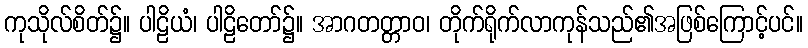
ကုသိုလ်စိတ်၌။ ပါဠိယံ၊ ပါဠိတော်၌။ အာဂတတ္တာဝ၊ တိုက်ရိုက်လာကုန်သည်၏အဖြစ်ကြောင့်ပင်။